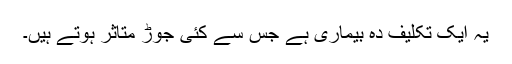
یہ ایک تکلیف دہ بیماری ہے جس سے کئی جوڑ متاثر ہوتے ہیں۔